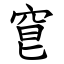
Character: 䆞